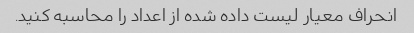
انحراف معیار لیست داده شده از اعداد را محاسبه کنید.